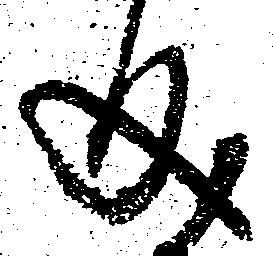
成